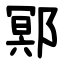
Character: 鄍